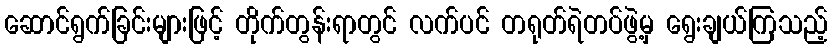
ဆောင်ရွက်ခြင်းများဖြင့် တိုက်တွန်းရာတွင် လက်ပင် တရုတ်ရဲတပ်ဖွဲ့မှ ရွေးချယ်ကြသည့်